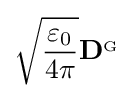
{\sqrt {\frac {\varepsilon _{0}}{4\pi }}}\mathbf {D} ^{_{\mathrm {G} }}